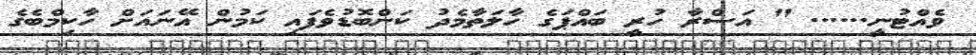
ވެއްޓުނީ...... " އަސްރާ ހުރީ ބައްޕަގެ ހާލަތާމެދު ކަންބޮޑުވެފައި ކަމުން އޭނައަށް ހާކިމްބެގެ